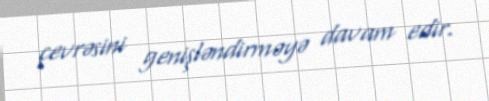
çevrəsini genişləndirməyə davam edir.